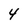
Character: 4